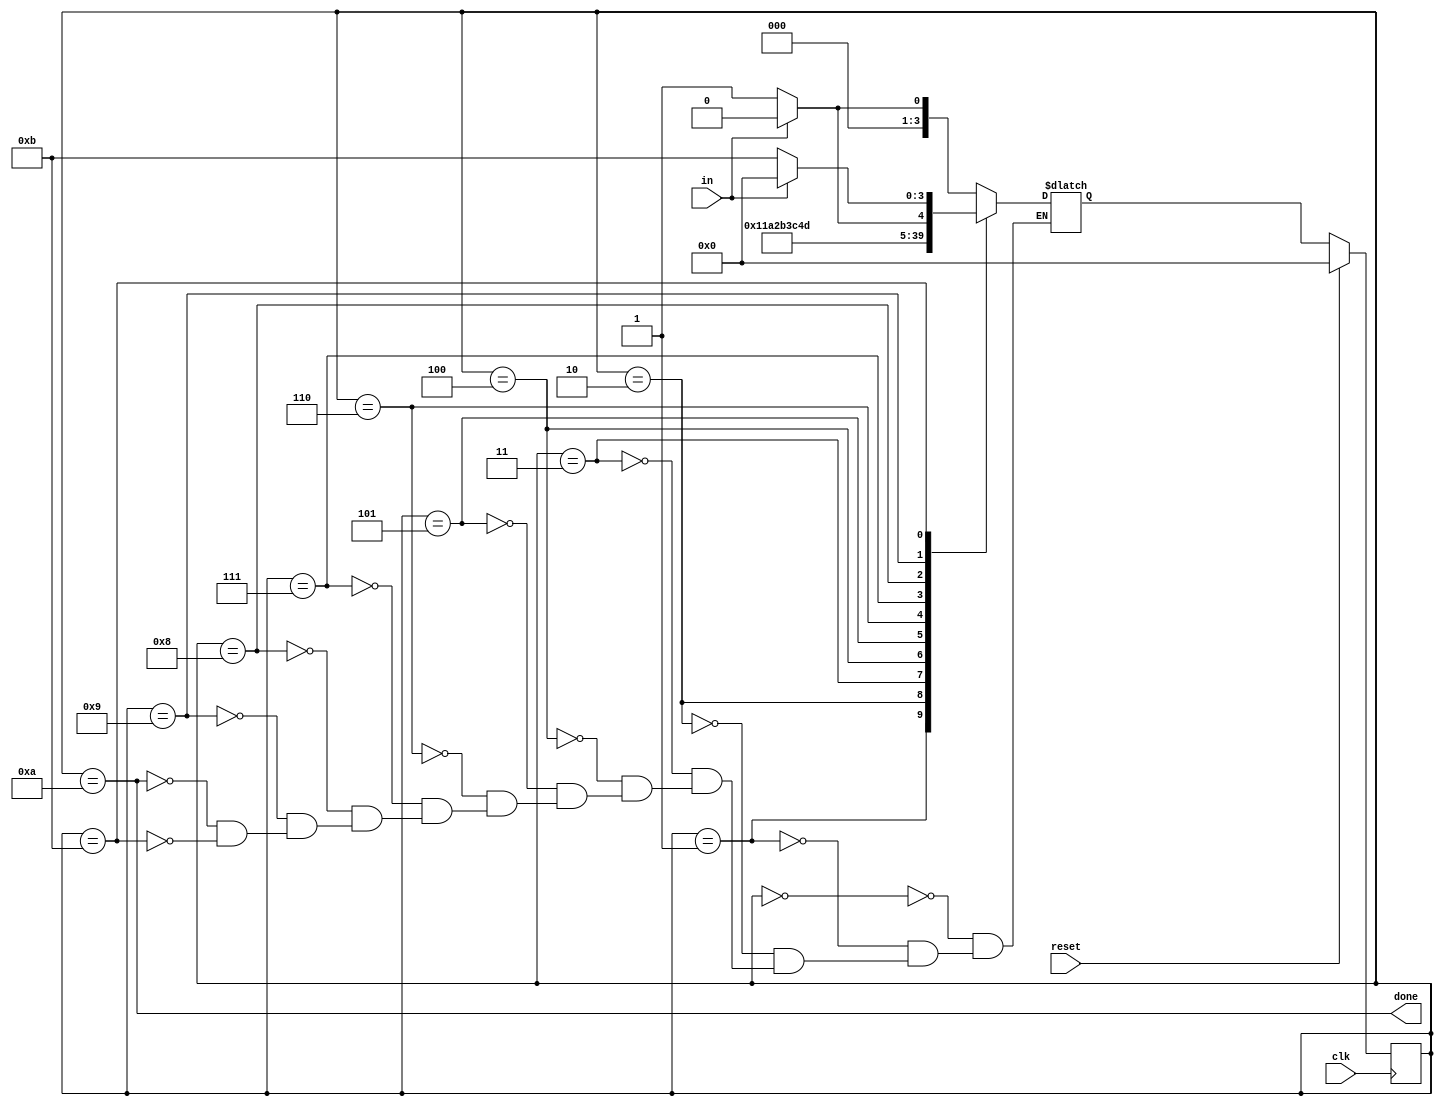
module top_module(
    input clk,
    input in,
    input reset,    // Synchronous reset
    output done
); 

    parameter idle = 4'd0, start = 4'd1, trans0 = 4'd2, trans1 = 4'd3, trans2 = 4'd4, trans3 = 4'd5;
    parameter trans4 = 4'd6, trans5 = 4'd7, trans6 = 4'd8, trans7 = 4'd9, stop = 4'd10, error = 4'd11;
    reg	[3:0]	state, next_state;
    
    always@(*) begin
        case(state)
            idle: begin
                if(~in)
                    next_state = start;
                else
                    next_state = idle;
            end
            start: 	next_state = trans0;
            trans0:	next_state = trans1;
            trans1:	next_state = trans2;
            trans2:	next_state = trans3;
            trans3:	next_state = trans4;
            trans4:	next_state = trans5;
            trans5:	next_state = trans6;
            trans6:	next_state = trans7;
            trans7: begin
                if(in)
                    next_state = stop;
                else
                    next_state = error;
            end
            stop: begin
                if(in)
                	next_state = idle;
                else
                    next_state = start;
            end
            error: begin
                if(in)
                    next_state = idle;
                else
                    next_state = error;
            end
        endcase
    end
    
    always@(posedge clk) begin
        if(reset)
            state <= idle;
        else
            state <= next_state;
    end
    
    assign	done = (state == stop);
    
endmodule